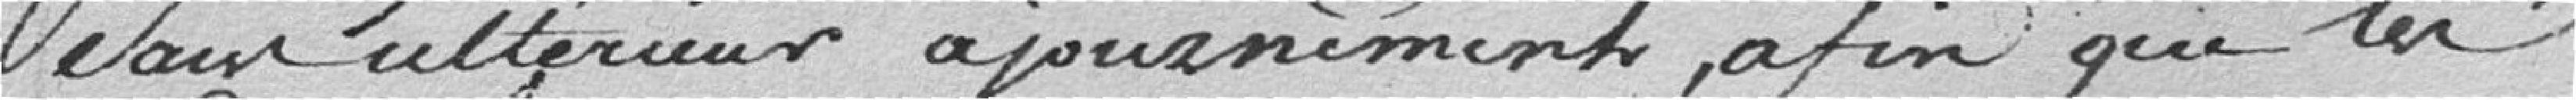
sans ultérieur ajournement, afin que les